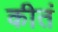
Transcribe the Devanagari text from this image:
कीतं